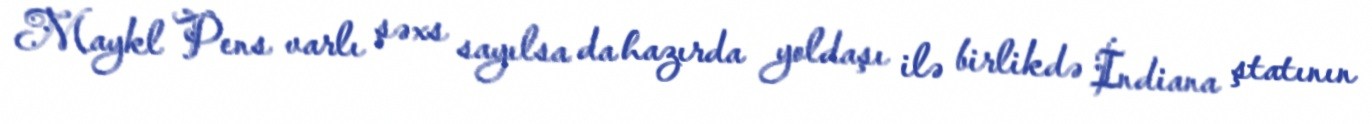
Maykl Pens varlı şəxs sayılsa da hazırda yoldaşı ilə birlikdə İndiana ştatının